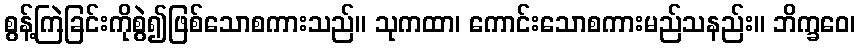
စွန့်ကြဲခြင်းကိုစွဲ၍ဖြစ်သောစကားသည်။ သုကထာ၊ ကောင်းသောစကားမည်သနည်း။ ဘိက္ခဝေ၊